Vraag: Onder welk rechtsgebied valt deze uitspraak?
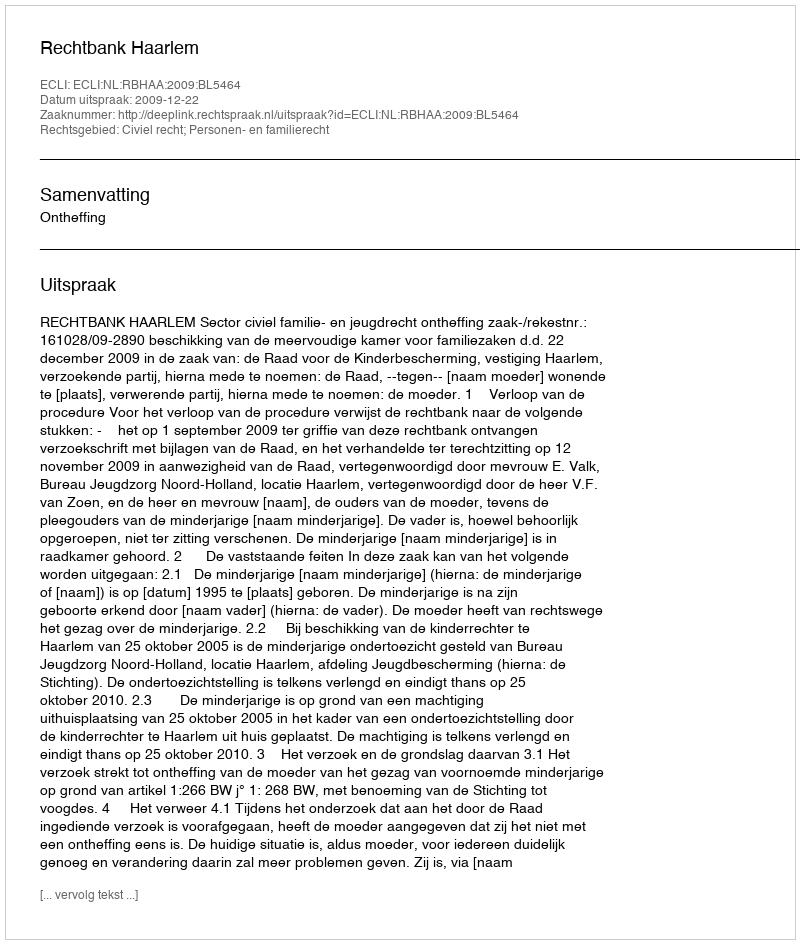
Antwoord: Civiel recht; Personen- en familierecht